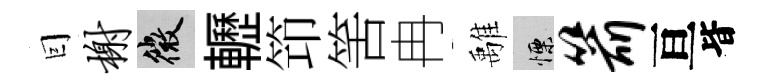
囙榭微轣笻筈冉𩀌慄箭亘𣅜